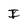
Character: I